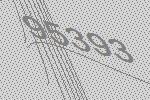
95393